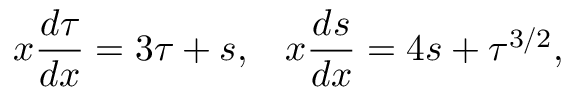
x \frac { d \tau } { d x } = 3 \tau + s , \; \; \; x \frac { d s } { d x } = 4 s + \tau ^ { 3 / 2 } ,